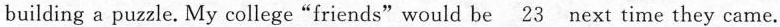
building a puzzle. My college“friends"would be \underline{23} next time they came.